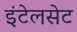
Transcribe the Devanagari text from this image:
इंटेलसेट